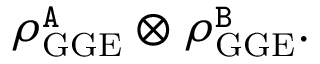
\rho _ { \mathrm { G G E } } ^ { { \tt A } } \otimes \rho _ { \mathrm { G G E } } ^ { \tt B } .